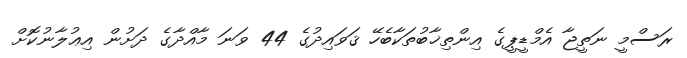
ރަސްމީ ނަތީޖާ އެމްޑީޕީގެ އިންތިޚާބުތަކާބެހޭ ޤަވައިދުގެ 44 ވަނަ މާއްދާގެ ދަށުން އިޢުލާނުކޮށް